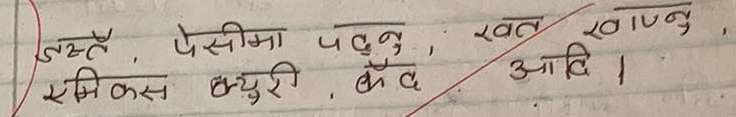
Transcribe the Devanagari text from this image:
जस्तै, पेसीमा पर्नु, खत लाग्नु .
एम्बिकन्स, क्युरी, बैंक आदि ।